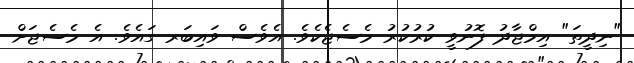
"ނިދީތަ" އިމްޖާދު ފޮނުވީ ކުރުކުރު މެސެޖެކެވެ. އެވެސް ވައިބަރ ގައެވެ. އެ މެސެޖަށް